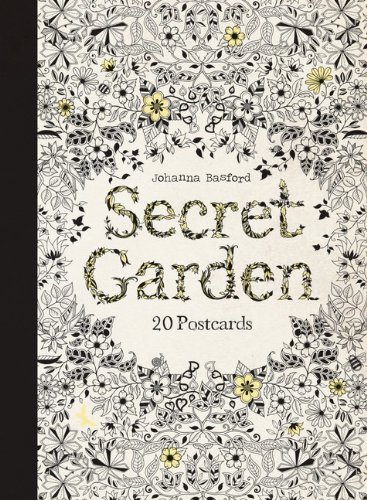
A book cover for Secret Garden: 20 Postcards; Humor & Entertainment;